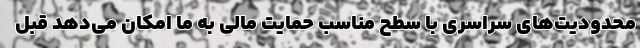
محدودیت‌های سراسری با سطح مناسب حمایت مالی به ما امکان می‌دهد قبل